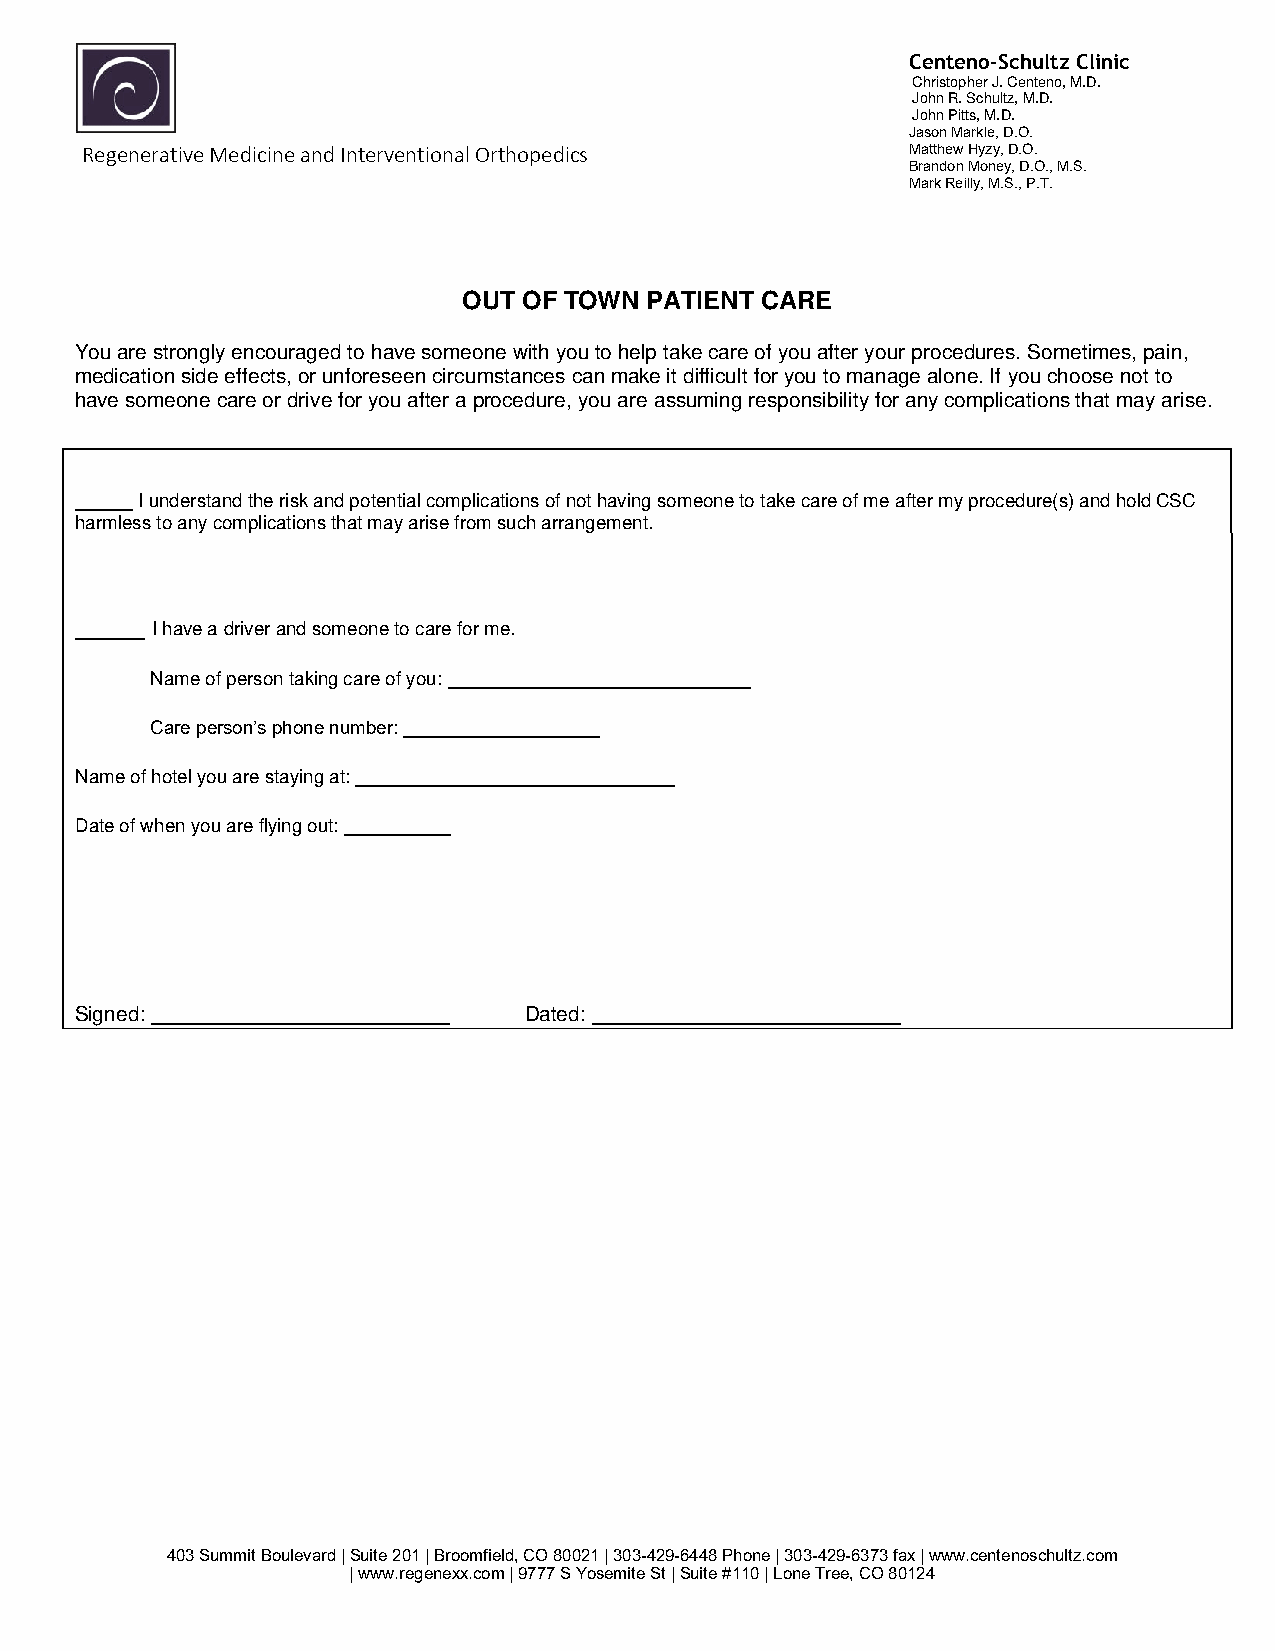
Centeno-Schultz Clinic
 Christopher J. Centeno, M.D.
 John R. Schultz, M.D.
 John Pitts, M.D.
 Jason Markle, D.O.
 Regenerative Medicine and Interventional Orthopedics   Matthew Hyzy, D.O.
 Brandon Money, D.O., M.S.
 Mark Reilly, M.S., P.T.
 OUT OF TOWN PATIENT CARE
 You are strongly encouraged to have someone with you to help take care of you after your procedures. Sometimes, pain,
 medication side effects, or unforeseen circumstances can make it difficult for you to manage alone. If you choose not to
 have someone care or drive for you after a procedure, you are assuming responsibility for any complications that may arise.
 I understand the risk and potential complications of not having someone to take care of me after my procedure(s) and hold CSC
 harmless to any complications that may arise from such arrangement.
 I have a driver and someone to care for me.
 Name of person taking care of you:
 Care person’s phone number:
 Name of hotel you are staying at:
 Date of when you are flying out:
 Signed:                       Dated:
 403 Summit Boulevard | Suite 201 | Broomfield, CO 80021 | 303-429-6448 Phone | 303-429-6373 fax | www.centenoschultz.com
 | www.regenexx.com | 9777 S Yosemite St | Suite #110 | Lone Tree, CO 80124